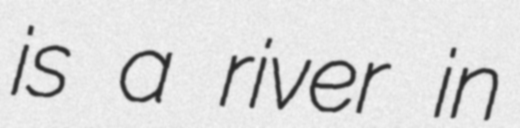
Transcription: is a river in